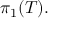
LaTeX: \pi _ { 1 } ( T ) .